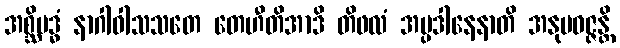
အစ္ဆိဗဒ္ဓံ နာဂါဝါသသတေ တေဟီတိအာဒိ တိဖလံ အပ္ပဒါနေနာတိ အနုပဝဇ္ဇန္တိ